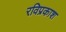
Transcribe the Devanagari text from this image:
रविप्रकाश